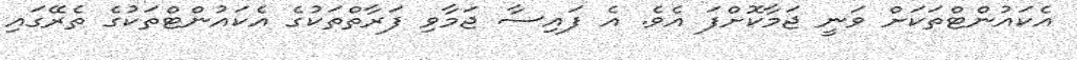
އެކައުންޓްތަކަށް ވަނީ ޖަމާކޮށްފަ އެވެ. އެ ފައިސާ ޖަމާވި ފަރާތްތަކުގެ އެކައުންޓްތަކުގެ ތެރޭގައި